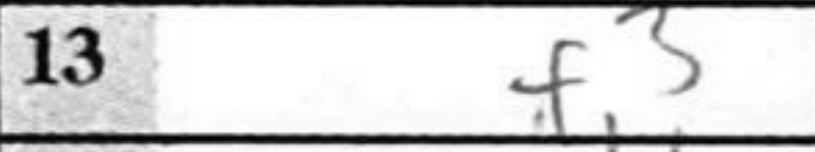
Transcription: f3